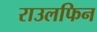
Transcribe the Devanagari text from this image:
राउलफिन